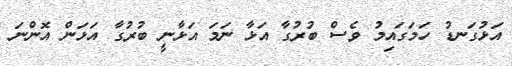
އަޅުގަނޑު ހަމަގައިމު ވެސް ބުރުގާ އަޅާ ނަމަ އަޅާނީ ބުރުގާ އަޅަން އޮންނަ